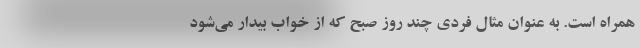
همراه است. به‌ عنوان‌ مثال فردی چند روز صبح که از خواب بیدار می‌شود